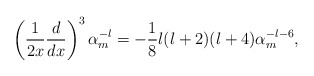
\begin{align*}\left({1\over 2x}{d\over dx}\right)^{3}\alpha_{m}^{-l}=-{1\over 8}l(l+2)(l+4)\alpha_{m}^{-l-6},\end{align*}